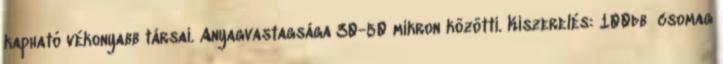
kapható vékonyabb társai. Anyagvastagsága 30-50 mikron közötti. Kiszerelés: 100db csomag